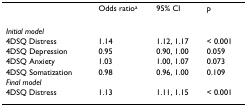
<table><thead><tr><td></td><td><b>Odds ratio<sup>a</sup></b></td><td><b>95% CI</b></td><td><b>p</b></td></tr></thead><tbody><tr><td><i>Initial model</i></td><td colspan="3"></td></tr><tr><td>4DSQ Distress</td><td>1.14</td><td>1.12, 1.17</td><td>&lt; 0.001</td></tr><tr><td>4DSQ Depression</td><td>0.95</td><td>0.90, 1.00</td><td>0.059</td></tr><tr><td>4DSQ Anxiety</td><td>1.03</td><td>1.00, 1.07</td><td>0.073</td></tr><tr><td>4DSQ Somatization</td><td>0.98</td><td>0.96, 1.00</td><td>0.109</td></tr><tr><td><i>Final model</i></td><td></td><td></td><td></td></tr><tr><td>4DSQ Distress</td><td>1.13</td><td>1.11, 1.15</td><td>&lt; 0.001</td></tr></tbody></table>